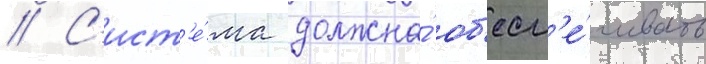
// С'ист'е́ма должна́ об'есп'е́чивать